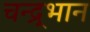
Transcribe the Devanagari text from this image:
चन्द्र्भान